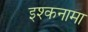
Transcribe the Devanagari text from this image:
इश्कनामा